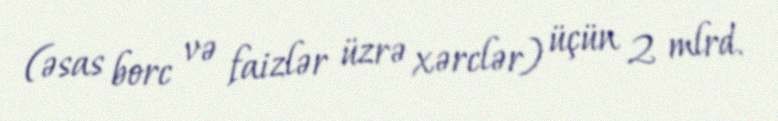
(əsas borc və faizlər üzrə xərclər) üçün 2 mlrd.